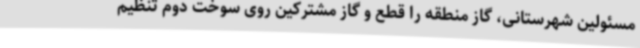
مسئولین شهرستانی، گاز منطقه را قطع و گاز مشترکین روی سوخت دوم تنظیم